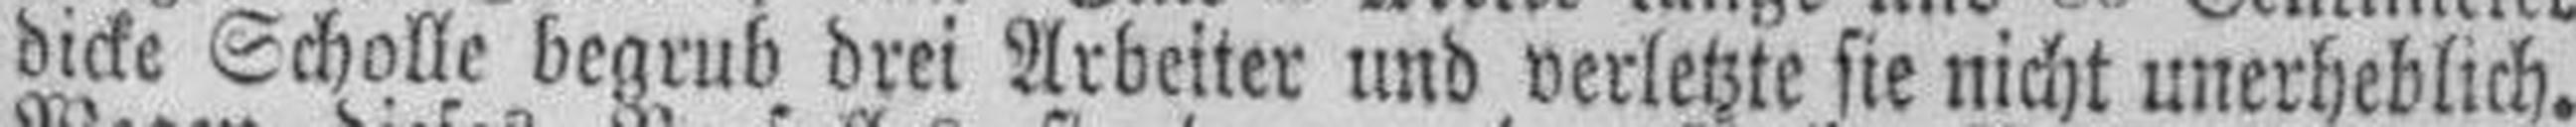
dicke Scholle begrub drei Arbeiter und verletzte sie nicht unerheblich.